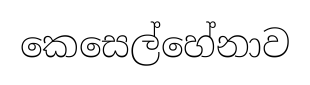
කෙසෙල්හේනාව